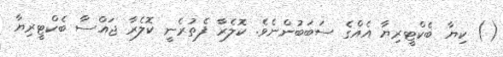
() ކިޔާ ބެކްޓީރިޔާ އެއްގެ ސަބަބުންނެވެ. ކޮލެރާ ފެތުރެނީ ކޮލެރާ ޖައްސާ ބެކްޓީރިޔާ